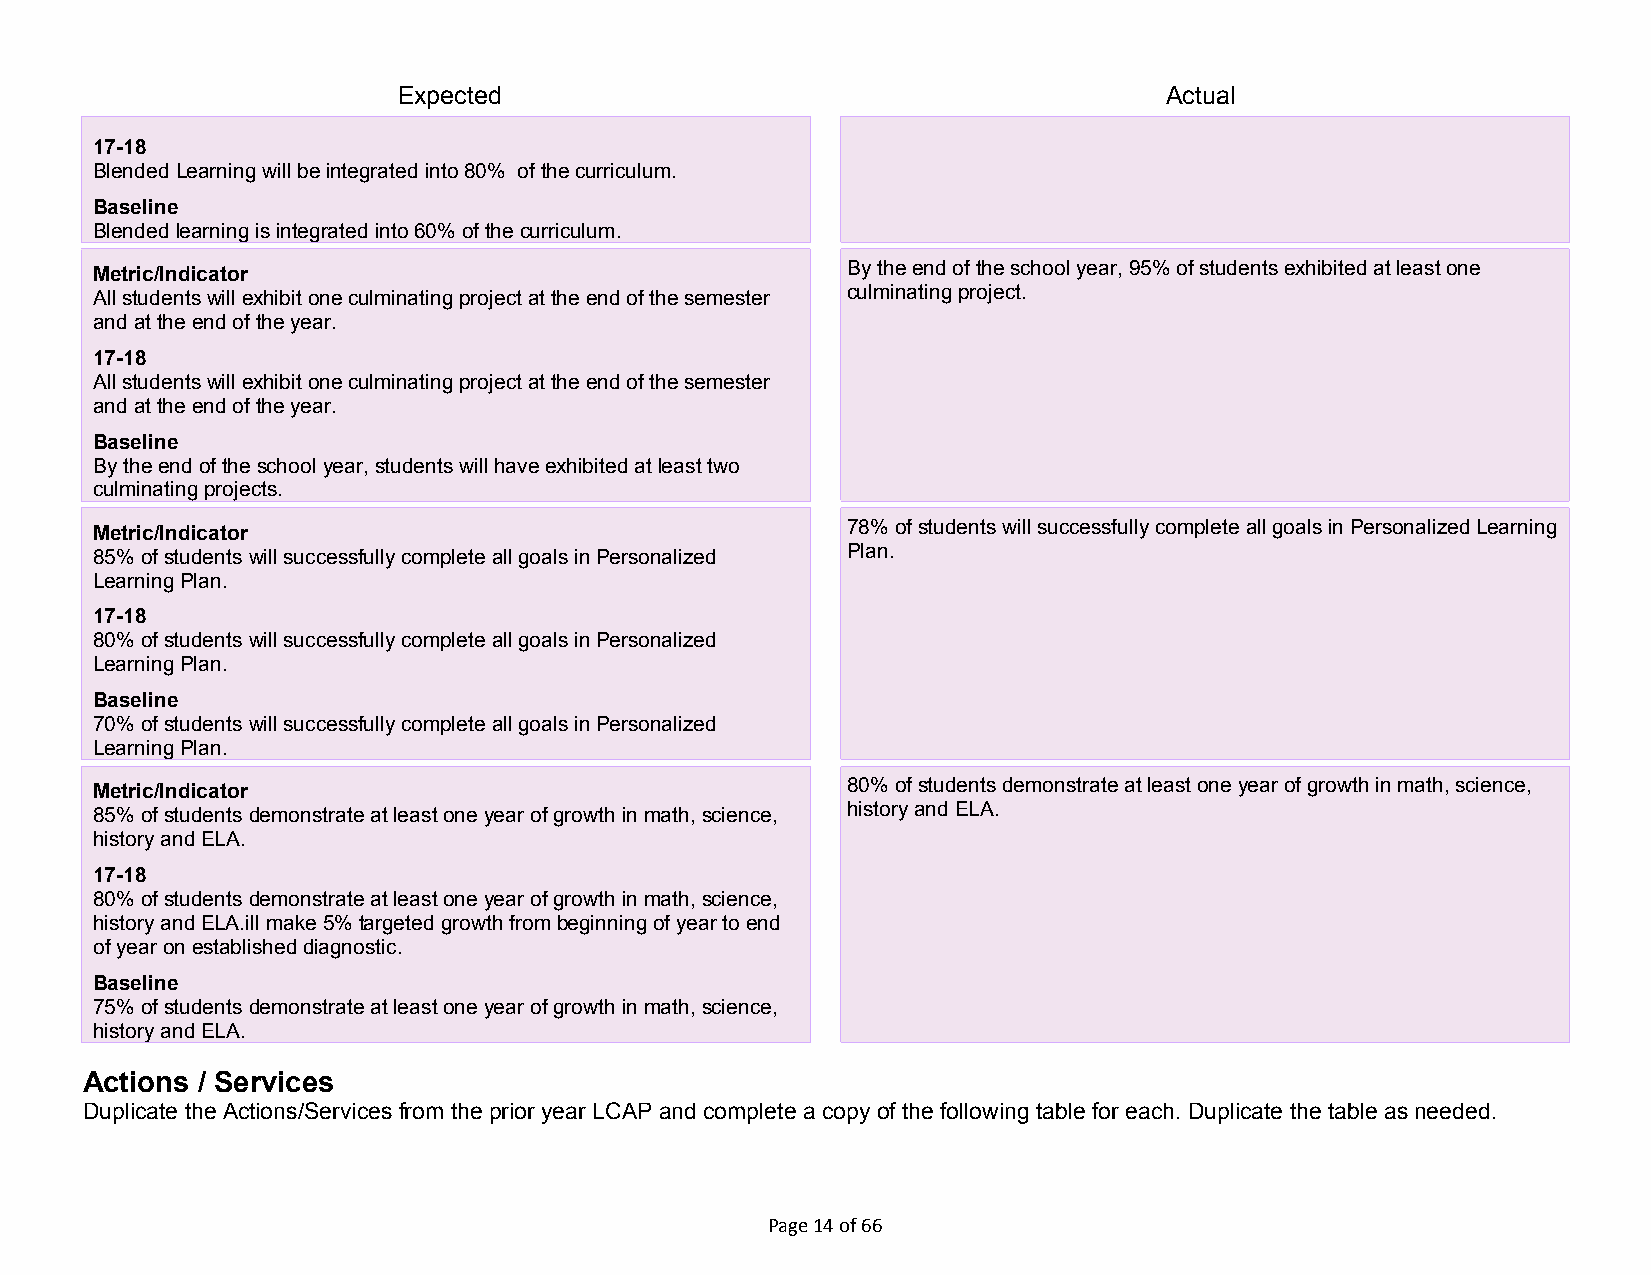
Expected                                           Actual
 17-18
 Blended Learning will be integrated into 80% of the curriculum.
 Baseline
 Blended learning is integrated into 60% of the curriculum.
 Metric/Indicator                                  By the end of the school year, 95% of students exhibited at least one
 All students will exhibit one culminating project at the end of the semester culminating project.
 and at the end of the year.
 17-18
 All students will exhibit one culminating project at the end of the semester
 and at the end of the year.
 Baseline
 By the end of the school year, students will have exhibited at least two
 culminating projects.
 Metric/Indicator                                  78% of students will successfully complete all goals in Personalized Learning
 85% of students will successfully complete all goals in Personalized Plan.
 Learning Plan.
 17-18
 80% of students will successfully complete all goals in Personalized
 Learning Plan.
 Baseline
 70% of students will successfully complete all goals in Personalized
 Learning Plan.
 Metric/Indicator                                  80% of students demonstrate at least one year of growth in math, science,
 85% of students demonstrate at least one year of growth in math, science, history and ELA.
 history and ELA.
 17-18
 80% of students demonstrate at least one year of growth in math, science,
 history and ELA.ill make 5% targeted growth from beginning of year to end
 of year on established diagnostic.
 Baseline
 75% of students demonstrate at least one year of growth in math, science,
 history and ELA.
 Actions / Services
 Duplicate the Actions/Services from the prior year LCAP and complete a copy of the following table for each. Duplicate the table as needed.
 startcollapse
 Page 14 of 66